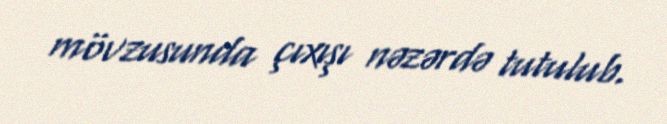
mövzusunda çıxışı nəzərdə tutulub.